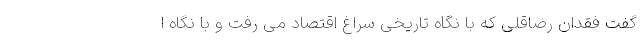
گفت فقدان رضاقلی که با نگاه تاریخی سراغ اقتصاد می رفت و با نگاه ا